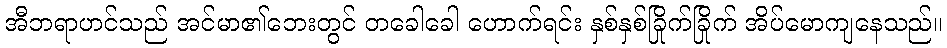
အီဘရာဟင်သည် အင်မာ၏ဘေးတွင် တခေါခေါ ဟောက်ရင်း နှစ်နှစ်ခြိုက်ခြိုက် အိပ်မောကျနေသည်။